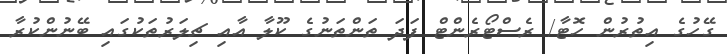
ގޭހުގެ އިތުރުން ހޮޓާ/ ރެސްޓޯރެންޓް ފަދަ ތަންތަނުގެ ކޫލާ އާއި ޗިލަރުތަކުގައި ބޭނުންކުރާ